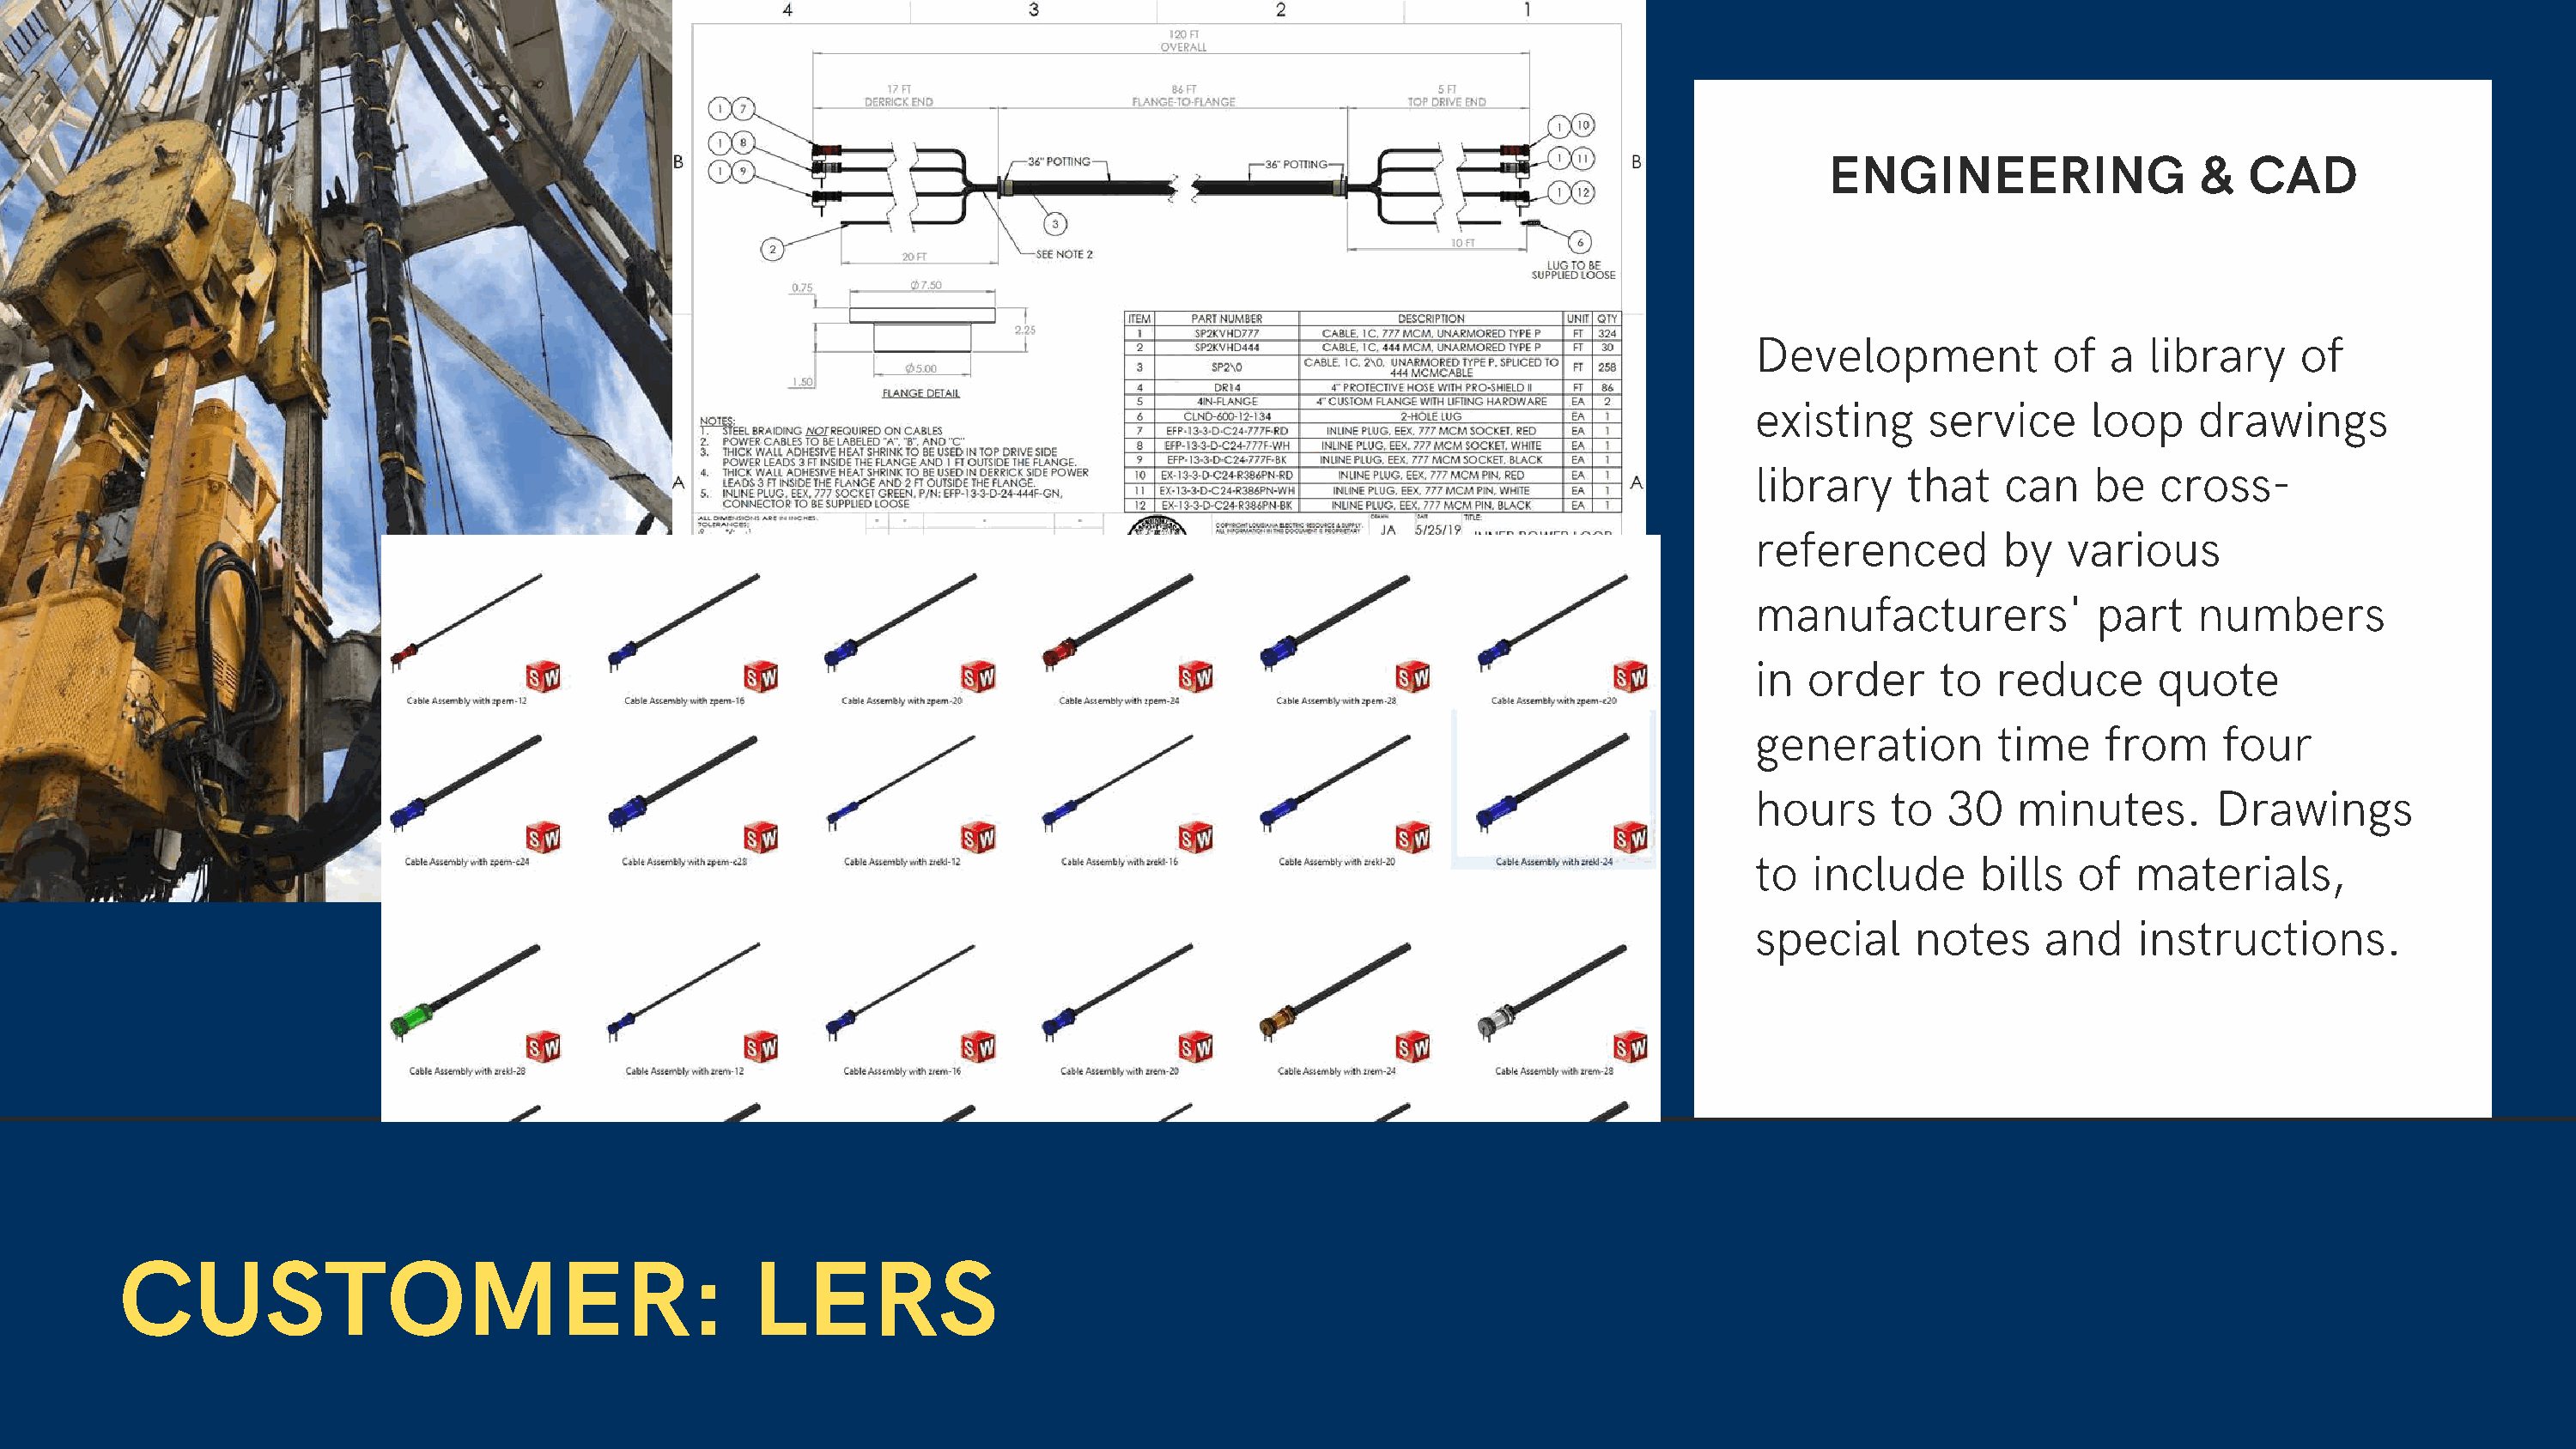
ENGINEERING                  &  CAD
 Development            of   a  library    of
 existing      service     loop    drawings
 library     that    can   be   cross-
 referenced         by   various
 manufacturers'             part   numbers
 in  order      to  reduce      quote
 generation         time    from     four
 hours      to  30   minutes.        Drawings
 to   include      bills  of   materials,
 special      notes     and    instructions.
 CUSTOMER:                                        LERS